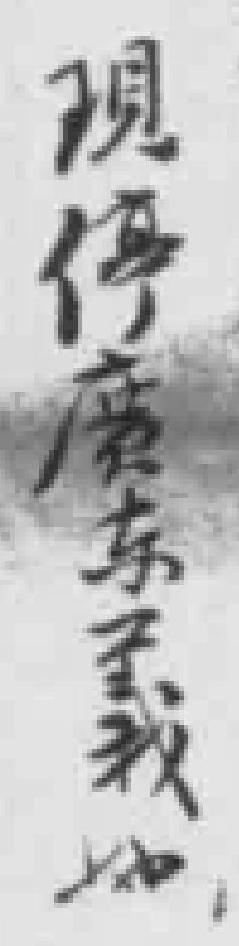
現停廣东載*